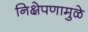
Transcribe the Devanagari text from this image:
निक्षेपणामुळे